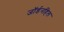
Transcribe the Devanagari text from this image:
जॉर्डनहिल